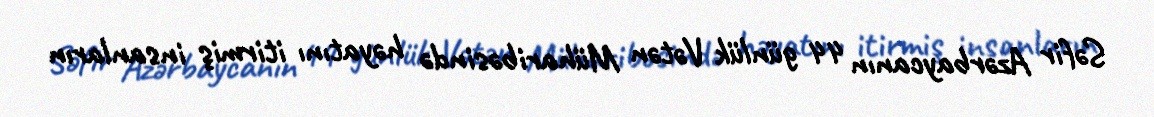
Səfir Azərbaycanın 44 günlük Vətən Müharibəsində həyatını itirmiş insanların